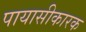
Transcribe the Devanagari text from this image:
पायासीकारक